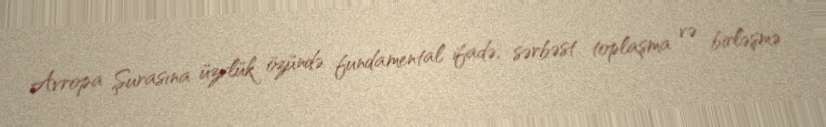
Avropa Şurasına üzvlük özündə fundamental ifadə, sərbəst toplaşma və birləşmə